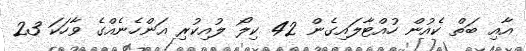
އާއި ބަތް ކެއުން ހުއްޓާލައިގެން 42 ކިލޯ ލުއިކުރި އަންހެނެއްގެ ވާހަކަ 23